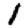
Digit: 1